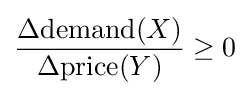
{\frac {\Delta {\text{demand}}(X)}{\Delta {\text{price}}(Y)}}\geq 0